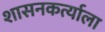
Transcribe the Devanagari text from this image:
शासनकर्त्याला